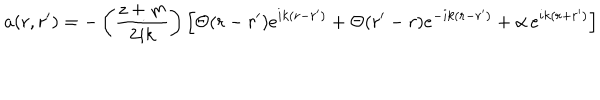
a ( r , r ^ { \prime } ) = - \left( \frac { z + m } { 2 i k } \right) \left[ \Theta ( r - r ^ { \prime } ) e ^ { i k ( r - r ^ { \prime } ) } + \Theta ( r ^ { \prime } - r ) e ^ { - i k ( r - r ^ { \prime } ) } + \alpha \, e ^ { i k ( r + r ^ { \prime } ) } \right]